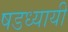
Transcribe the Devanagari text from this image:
षडध्यायी